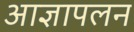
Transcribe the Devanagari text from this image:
आज्ञापलन